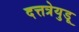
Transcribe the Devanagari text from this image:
दत्तत्रेयुडू